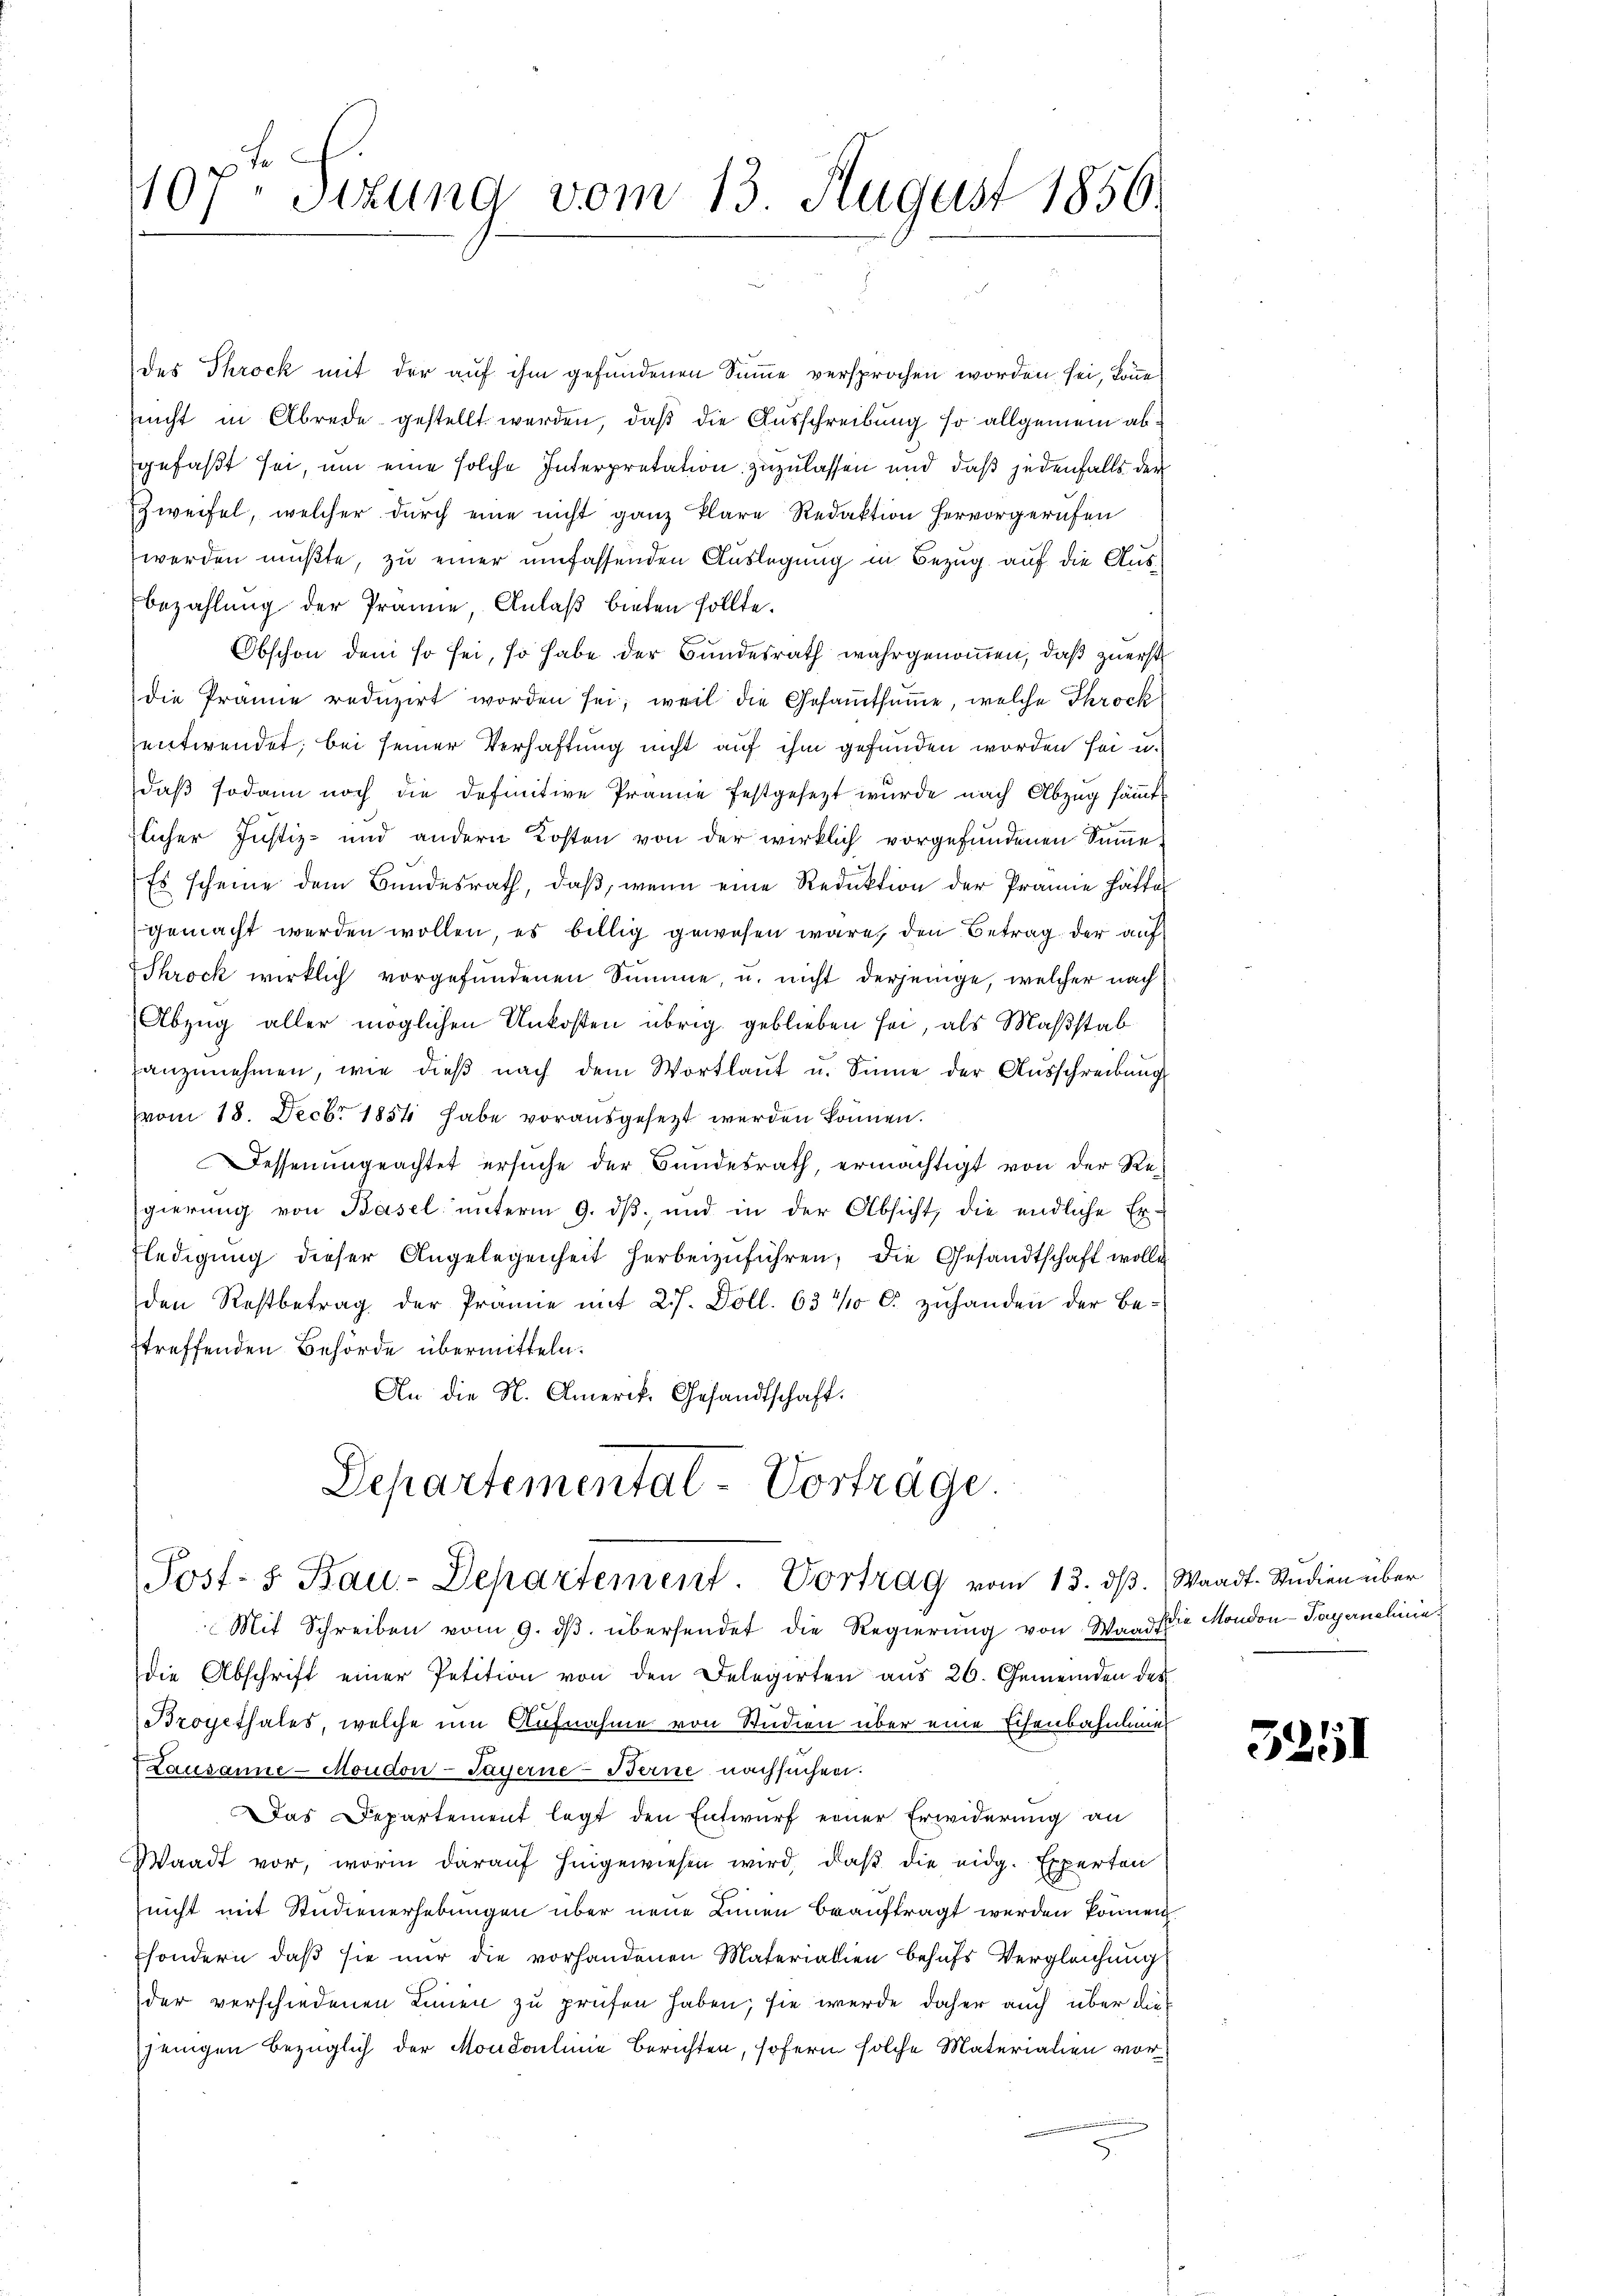
107. Sizung vom 13. August 1850.

des Throck mit der auf ihm gefundenen Summe versprochen worden sei, könne
nicht in Abrede gestellt werden, daß die Ausschreibung so allgemein abgefaßt sei, um eine solche Interpretation zuzulassen und daß jedenfalls der
Zweifel, welcher durch eine nicht ganz klare Redaktion hervorgerufen
werden mußte, zu einer umfassenden Auslegung in Bezug auf die Ausbezahlung der Prämie, Anlaß bieten sollte.
Obschon dem so sei, so habe der Bundesrath wahrgenommen, daß zuerst
die Prämie reduzirt worden sei; weil die Gesamtsumme, welche Throck
entwendet; bei seiner Verhaftung nicht auf ihm gefunden worden sei u.
daß sodann noch die definitive Prämie festgesezt wurde nach Abzug sämmtflicher Justiz- und andern Kosten von der wirklich vorgefundenen Summe.
Es scheine dem Bundesrath, daß, wenn eine Reduktion der Prämie hätte
gemacht werden wollen, es billig gewesen wäre, den Betrag der auf
Shrock wirklich vorgefundenen Summe, u. nicht derjenige, welcher nach
(Abzug aller möglichen Unkosten übrig geblieben sei, als Maßstab
anzŭnehmen, wie dieβ nach dem Wortlaŭt u. Sinne der Aŭsschreibung
vom 18. Decbr 1854 habe vorausgesezt werden können.
Fessenungeachtet ersuche der Bundesrath, ermächtigt von der Regierung von Basel unterm 9. dβ, und in der Absicht, die endliche Erfledigung dieser Angelegenheit herbeizuführen, die Gesandtschaft wolle
den Restbetrag der Prämie mit 2 f. Doll. 631 C. zuhanden der Bestreffenden Behörde übermitteln.
An die N. Amerik. Gesandtschaft.
Departementat-Vorträge.

Post- u. Bau-Departement. Vortrag vom 13. dβ. Waadt. Studien über

Mit Schreiben vom 9. dβ übersendet die Regierung von Wand die Mondon-Payernelinie
die Abschrift einer Petition von den Delegirten aus 26. Gemeinden des
Bropethales, welche um Aufnahme von Studien über eine Eisenbahnling
Lausanne - Moudon-Sayerne-Berne nachsuchen.
Das Departement legt den Entwurf einer Erwiderung an
Waadt vor, worin darauf hingewiesen wird, daß die eidg. Experten
nicht mit Studienerhebungen über neue Linnen beauftragt werden können
sondern, daß sie nur die vorhandenen Materialien behufs Vergleichung
der verschiedenen Innen zu prüfen haben; sie werde daher auch über die
jenigen bezüglich der Mondolinie Berichten, sofern solche Materialien vor¬

5251